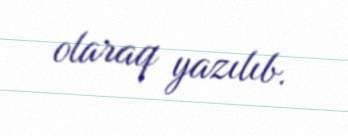
olaraq yazılıb.